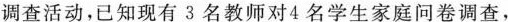
调查活动，已知现有3名教师对4名学生家庭问卷调查，